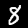
Label: 8